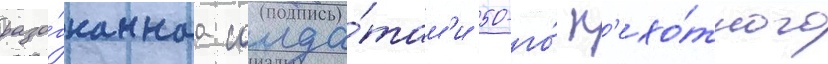
разо́гнаннаа солда́там'и 50-го́ п'ехо́тного